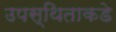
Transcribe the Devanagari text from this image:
उपस्थिताकडे